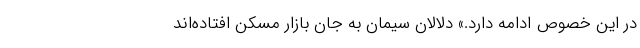
در این خصوص ادامه دارد.» دلالان سیمان به جان بازار مسکن افتاده‌اند